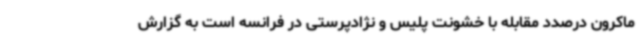
ماکرون درصدد مقابله با خشونت پلیس و نژادپرستی در فرانسه است به گزارش